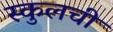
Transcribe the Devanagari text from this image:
स्कुलची